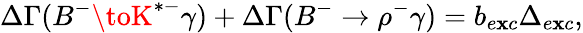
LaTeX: \Delta\Gamma(B^{-}\toK^{*-}\gamma)+\Delta\Gamma(B^{-}\to\rho^{-}\gamma)=b_{e\mathbf{x}c}\Delta_{e\mathbf{x}c},